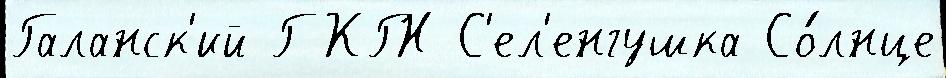
Галанск'ий ГКГН С'ел'енгушка Со́лнце